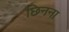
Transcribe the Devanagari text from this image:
छिनना